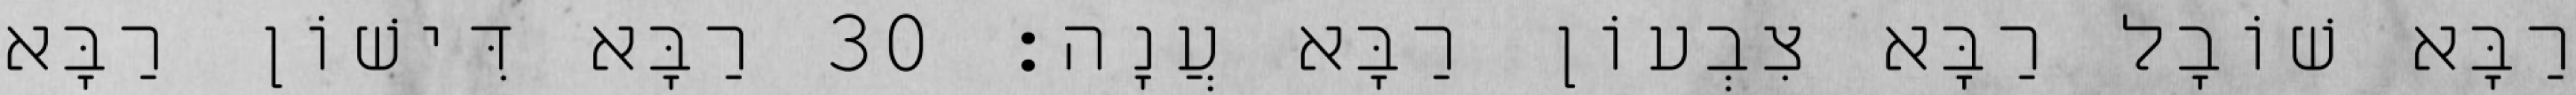
רַבָּא שׁוֹבָל רַבָּא צִבְעוֹן רַבָּא עֲנָה׃ 30 רַבָּא דִּישׁוֹן רַבָּא